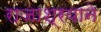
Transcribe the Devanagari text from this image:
राजाश्रयाने